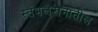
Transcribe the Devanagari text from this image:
स्तंभलेखनातील